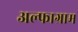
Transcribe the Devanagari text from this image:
अल्फाग्राम